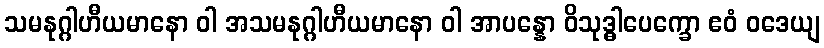
သမနုဂ္ဂါဟီယမာနော ဝါ အသမနုဂ္ဂါဟီယမာနော ဝါ အာပန္နော ဝိသုဒ္ဓါပေက္ခော ဧဝံ ဝဒေယျ